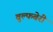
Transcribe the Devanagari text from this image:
वुल्फबेरी